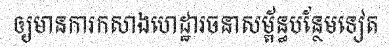
ឲ្យមានការកសាងហេដ្ឋារចនាសម្ព័ន្ធបន្ថែមទៀត